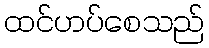
ထင်ဟပ်စေသည်